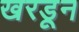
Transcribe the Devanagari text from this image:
खरडून